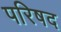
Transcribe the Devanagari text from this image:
परिषद